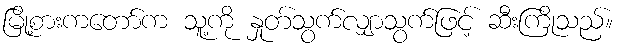
မြို့စားကတော်က သူ့ကို နှုတ်သွက်လျှာသွက်ဖြင့် ဆီးကြိုသည်။